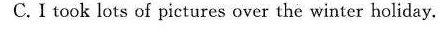
C.Itook lots of pictures over the winter holi